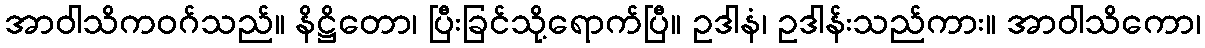
အာဝါသိကဝဂ်သည်။ နိဋ္ဌိတော၊ ပြီးခြင်သို့ရောက်ပြီ။ ဥဒါနံ၊ ဥဒါန်းသည်ကား။ အာဝါသိကော၊